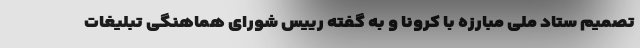
تصمیم ستاد ملی مبارزه با کرونا و به گفته رییس شورای هماهنگی تبلیغات